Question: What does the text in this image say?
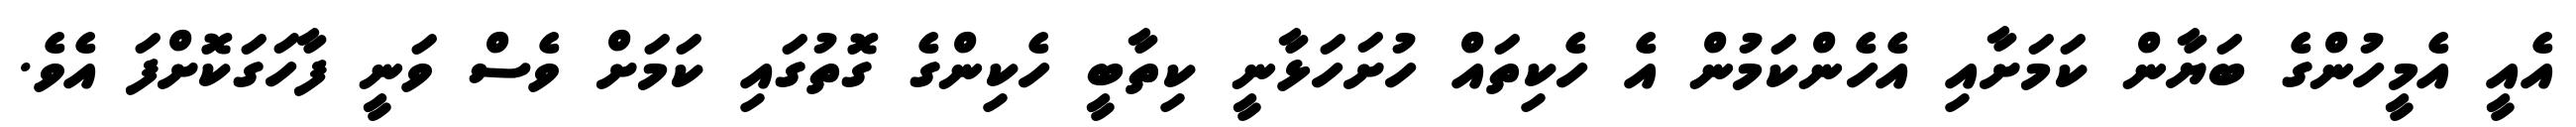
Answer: އެއީ އެމީހުންގެ ބަޔާން ކަމަށާއި އެހެންކަމުން އެ ހެކިތައް ހުށަހަޅާނީ ކިތާބީ ހެކިންގެ ގޮތުގައި ކަމަށް ވެސް ވަނީ ފާހަގަކޮށްފަ އެވެ.